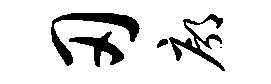
刃廓